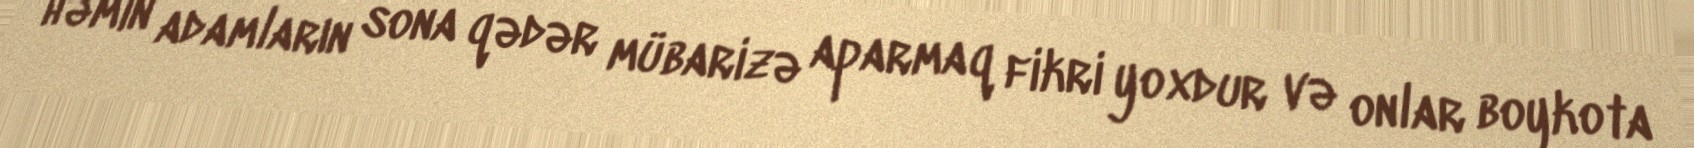
həmin adamların sona qədər mübarizə aparmaq fikri yoxdur və onlar boykota